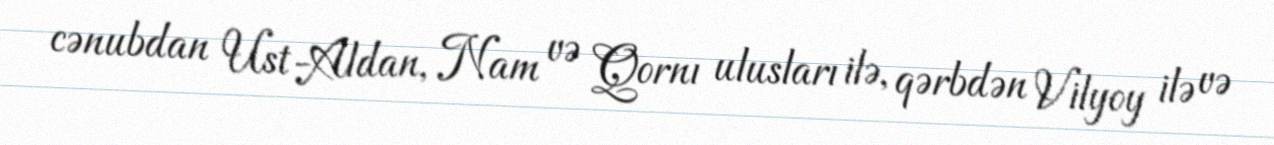
cənubdan Ust-Aldan, Nam və Qornı ulusları ilə, qərbdən Vilyoy ilə və